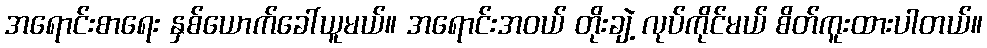
အရောင်းစာရေး နှစ်ယောက်ခေါ်ယူမယ်။ အရောင်းအဝယ် တိုးချဲ့ လုပ်ကိုင်မယ် စိတ်ကူးထားပါတယ်။